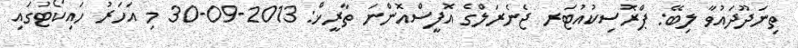
ތިނަދޫދައުވާ ލިބޭ: ޕްރޮސިކުއުޓަރ ޖެނެރަލްގެ އޮފީސްއޮންނަ ތާރީޚް: 2013-09-30 މި އަހަރު ހައިކޯޓުގައި